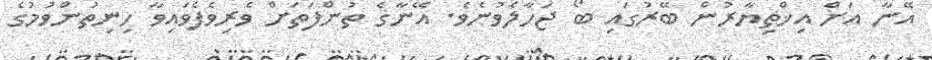
އޭނާ އަށް އިޚްތިޔާރުން ބޭރުގައި ބޯ ޖަހާލެވުނެވެ. އޭނާގެ ތުންފަތަށް ވެރިވެފެވައިވާ ހިނިތުންވުމުގެ